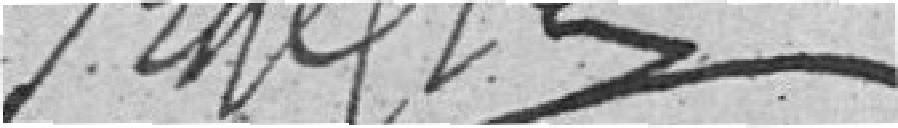
???????